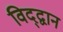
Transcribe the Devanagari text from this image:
विद्द्वान